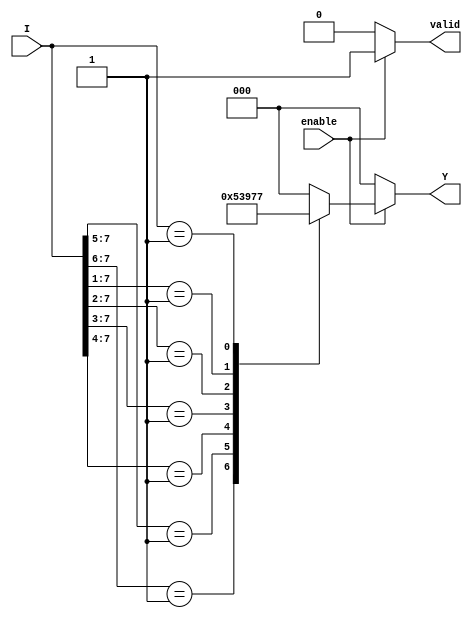
module encoder_8to3 (
    input wire [7:0] I,       // 8 input lines
    input wire enable,        // Enable signal
    output reg [2:0] Y,      // 3 output lines
    output reg valid          // Output valid signal
);

    always @(*) begin
        if (!enable) begin
            Y = 3'b000;       // Output defined state when disabled
            valid = 1'b0;     // Invalid output
        end else begin
            valid = 1'b1;     // Valid output
            casez (I)         // Use casez to handle don't care conditions
                8'b1??????? : Y = 3'b000; // I[0] active
                8'b01?????? : Y = 3'b001; // I[1] active
                8'b001????? : Y = 3'b010; // I[2] active
                8'b0001???? : Y = 3'b011; // I[3] active
                8'b00001??? : Y = 3'b100; // I[4] active
                8'b000001?? : Y = 3'b101; // I[5] active
                8'b0000001? : Y = 3'b110; // I[6] active
                8'b00000001 : Y = 3'b111; // I[7] active
                default:      Y = 3'b000;   // No input active
            endcase
        end
    end

endmodule